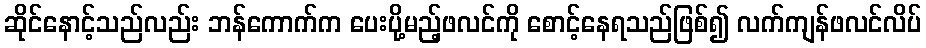
ဆိုင်နောင့်သည်လည်း ဘန်ကောက်က ပေးပို့မည့်ဖလင်ကို စောင့်နေရသည်ဖြစ်၍ လက်ကျန်ဖလင်လိပ်